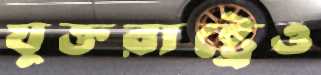
যুক্তরাষ্ট্রেও